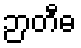
ဉာတီဓ